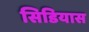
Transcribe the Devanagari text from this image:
सिडियास